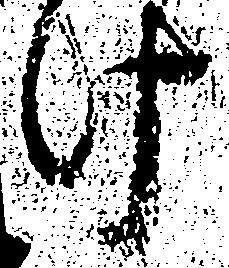
け